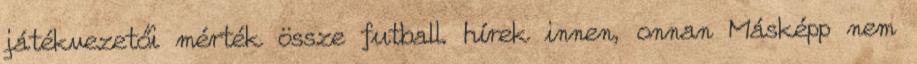
játékvezetői mérték össze futball. hírek innen, onnan Másképp nem